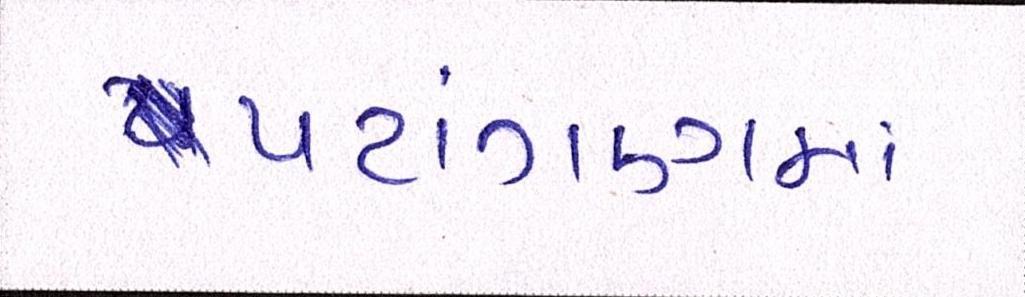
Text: પટાંગણમાં